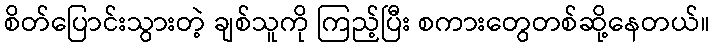
စိတ်ပြောင်းသွားတဲ့ ချစ်သူကို ကြည့်ပြီး စကားတွေတစ်ဆို့နေတယ်။